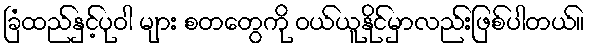
ခြံထည်နှင့်ပုဝါ များ စတတွေကို ဝယ်ယူနိုင်မှာလည်းဖြစ်ပါတယ်။